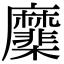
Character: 𢌑